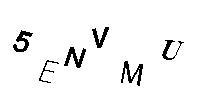
5ENVMU